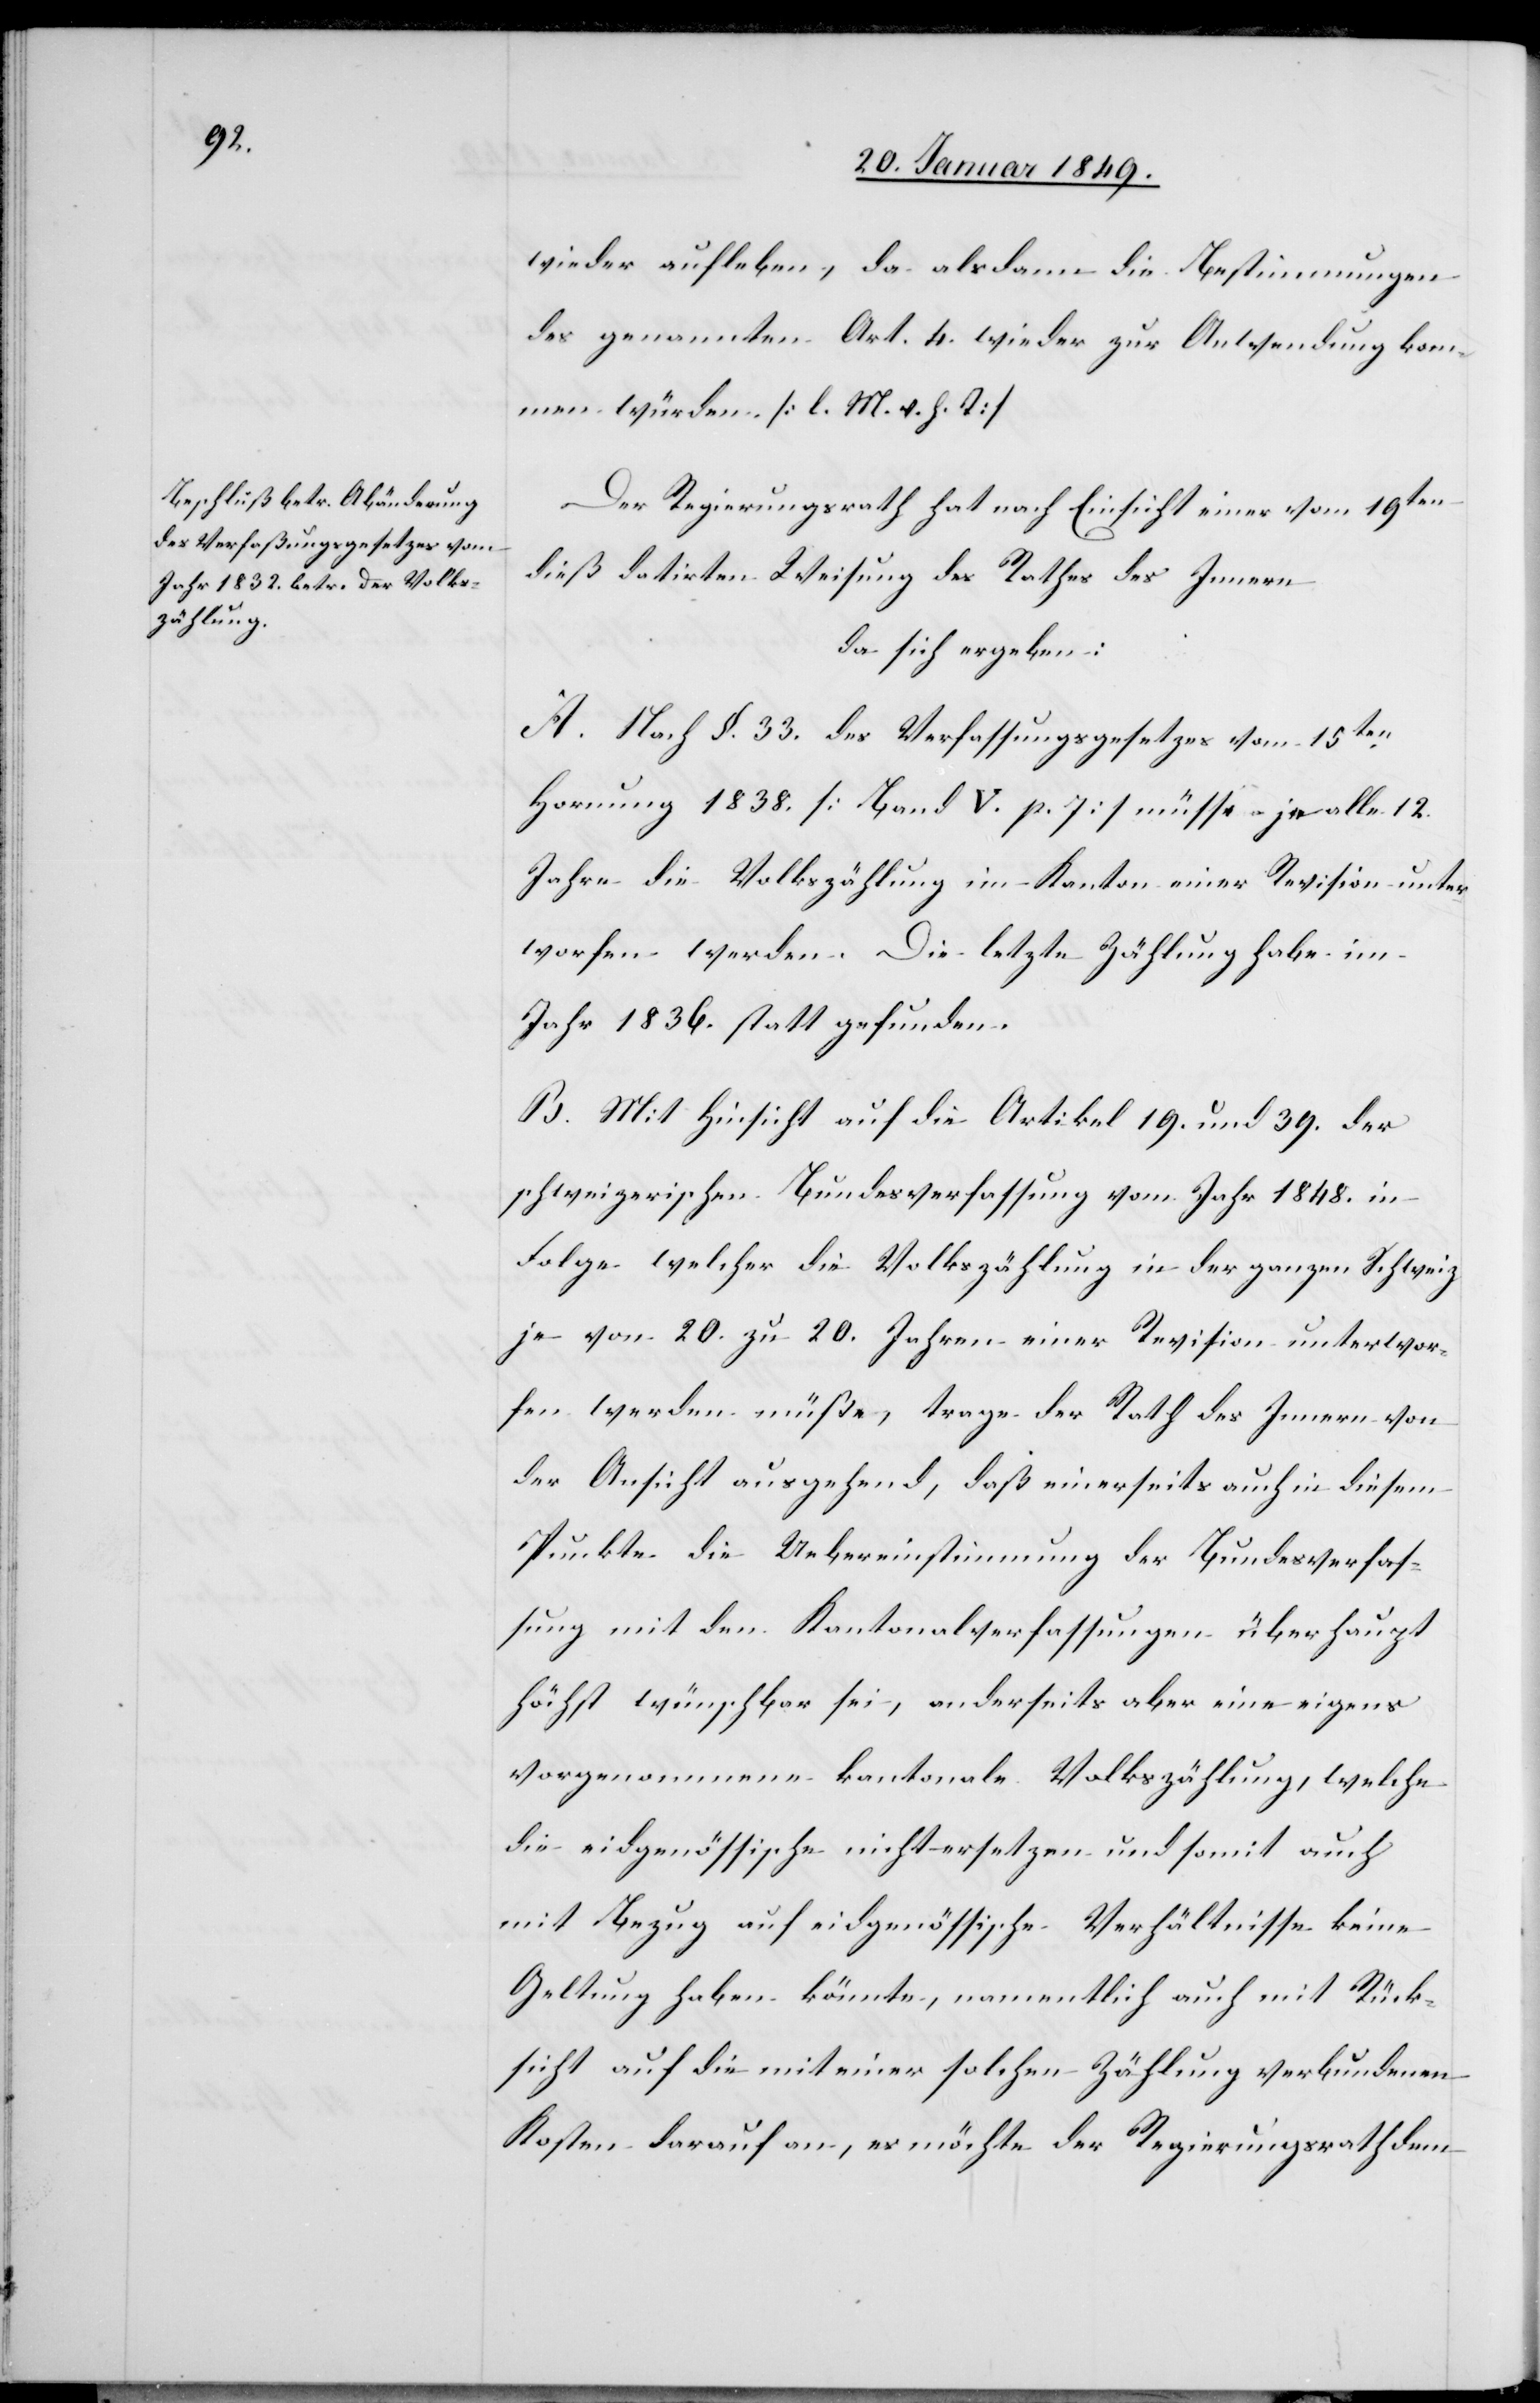
wieder aufleben, da alsdann die Bestimmungen
des genannten Art. 4. wieder zur Anwendung kom¬
men würden. [l. M. v. h. T]
Der Regierungsrath hat nach Einsicht einer vom 19ten
dieß datirten Weisung des Rathes des Innern
da sich ergeben:
A. Nach §. 33. des Verfassungsgesetzes vom 15ten.
Hornung 1838. [Band V. p. 7] müsse je alle 12.
Jahre die Volkszählung im Kanton einer Revision unter¬
worfen werden. Die letzte Zählung habe im
Jahr 1836. statt gefunden.
B. Mit Hinsicht auf die Artikel 19. und 39. der
schweizerischen Bundesverfassung vom Jahr 1848. in
Folge welcher die Volkszählung in der ganzen Schweiz
je von 20. zu 20. Jahren einer Revision unterwor¬
fen werden müße, trage der Rath des Innern von
der Ansicht ausgehend, daß einerseits auch in diesem
Punkte die Uebereinstimmung der Bundesverfas¬
sung mit den Kantonalverfassungen überhaupt
höchst wünschbar sei, anderseits aber eine eigens
vorgenommene kantonale Volkszählung, welche
die eidgenössische nicht ersetzen und somit auch
mit Bezug auf eidgenössische Verhältnisse keine
Geltung haben könnte, namentlich auch mit Rück¬
sicht auf die mit einer solchen Zählung verbundenen
Kosten darauf an, es möchte der Regierungsrath dem